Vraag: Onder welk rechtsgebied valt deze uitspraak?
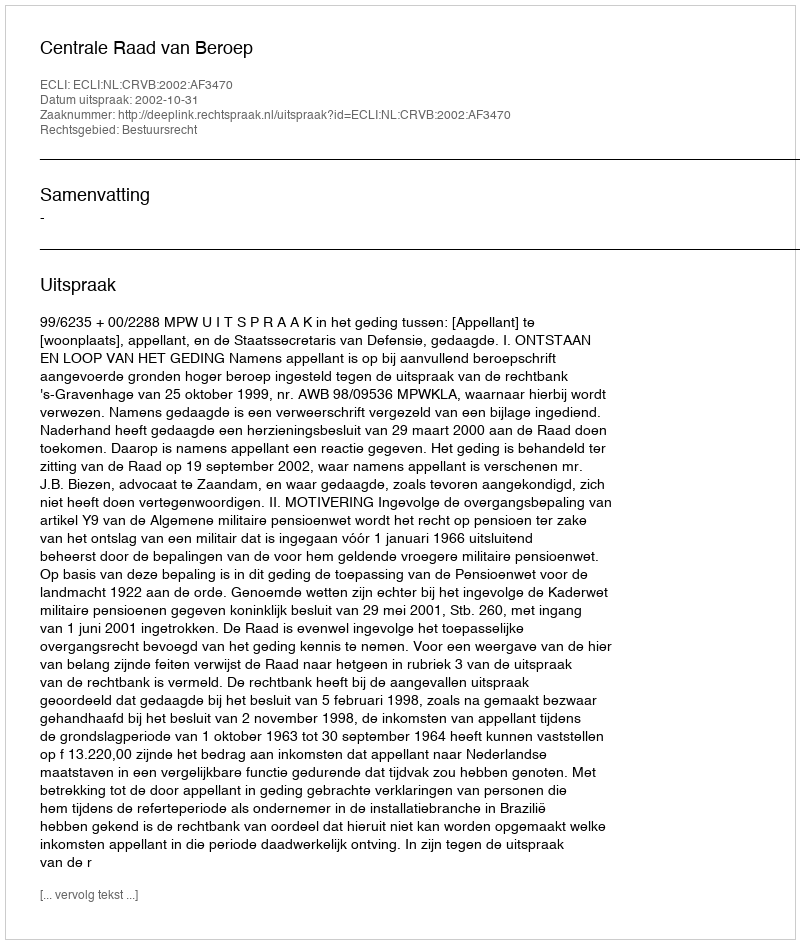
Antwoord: Bestuursrecht